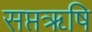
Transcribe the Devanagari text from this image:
सप्तॠषि